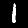
Label: 1